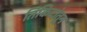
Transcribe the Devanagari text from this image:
तिकिटांतून